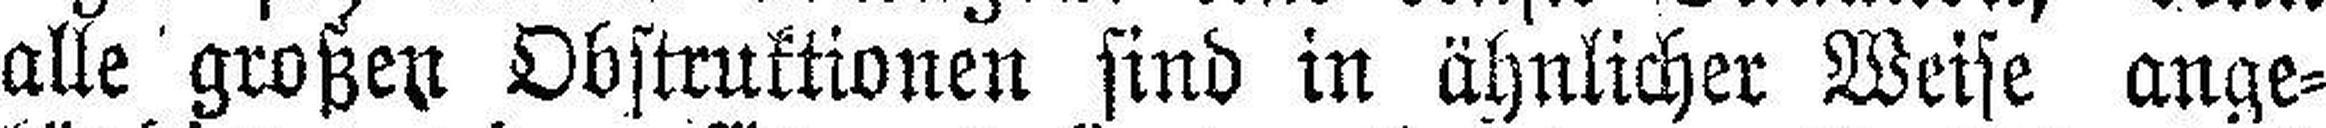
alle großen Obstruktionen sind in ähnlicher Weise ange¬